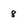
Character: 8